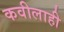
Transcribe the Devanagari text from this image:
कवीलाही